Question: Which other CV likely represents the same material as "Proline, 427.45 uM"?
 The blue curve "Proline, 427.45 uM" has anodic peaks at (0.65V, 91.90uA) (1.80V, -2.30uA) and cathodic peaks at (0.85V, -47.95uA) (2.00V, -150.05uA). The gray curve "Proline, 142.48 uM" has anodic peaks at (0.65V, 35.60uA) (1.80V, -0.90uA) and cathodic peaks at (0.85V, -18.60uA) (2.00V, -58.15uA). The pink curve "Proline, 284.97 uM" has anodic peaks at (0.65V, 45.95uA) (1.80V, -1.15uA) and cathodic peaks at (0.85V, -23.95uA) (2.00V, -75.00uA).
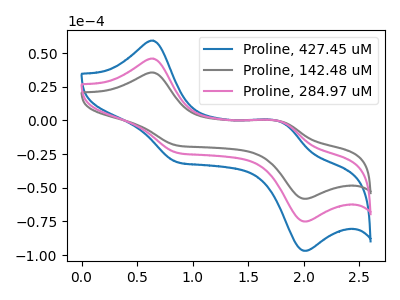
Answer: <think>All the peaks in "Proline, 427.45 uM" have a peak in "Proline, 142.48 uM" at the same potential. All the peaks in "Proline, 427.45 uM" have a peak in "Proline, 284.97 uM" at the same potential. All the peaks in "Proline, 142.48 uM" have a peak in "Proline, 284.97 uM" at the same potential.
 </think>
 <answer>"Proline, 427.45 uM" and "Proline, 284.97 uM" have a similar shape to "Proline, 142.48 uM".</answer>
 <eval>"Proline, 427.45 uM" "Proline, 284.97 uM"</eval>